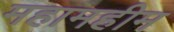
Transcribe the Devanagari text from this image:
महामहीम